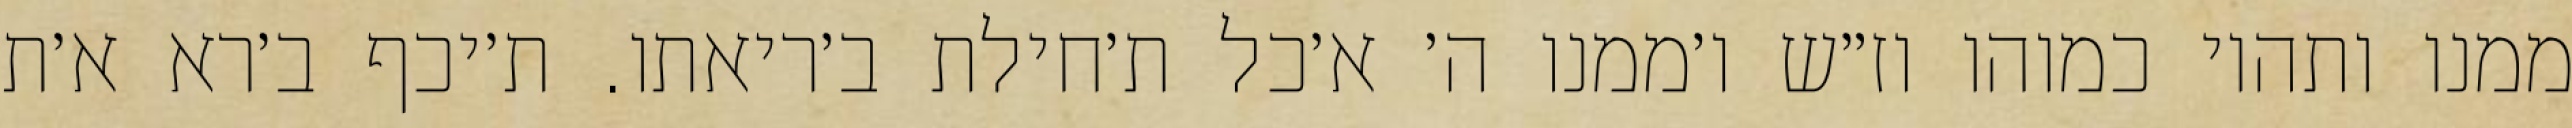
ממנו ותהיו כמוהו וז״ש ו׳ממנו ה׳ א׳כל ת׳חילת ב׳ריאתו. ת׳יכף ב׳רא א׳ת